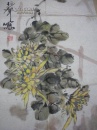
短篱残菊一枝黄。正是乱山深处过重阳。